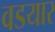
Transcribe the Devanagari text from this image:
वडयार